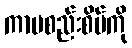
ကာမစည်းစိမ်ကို